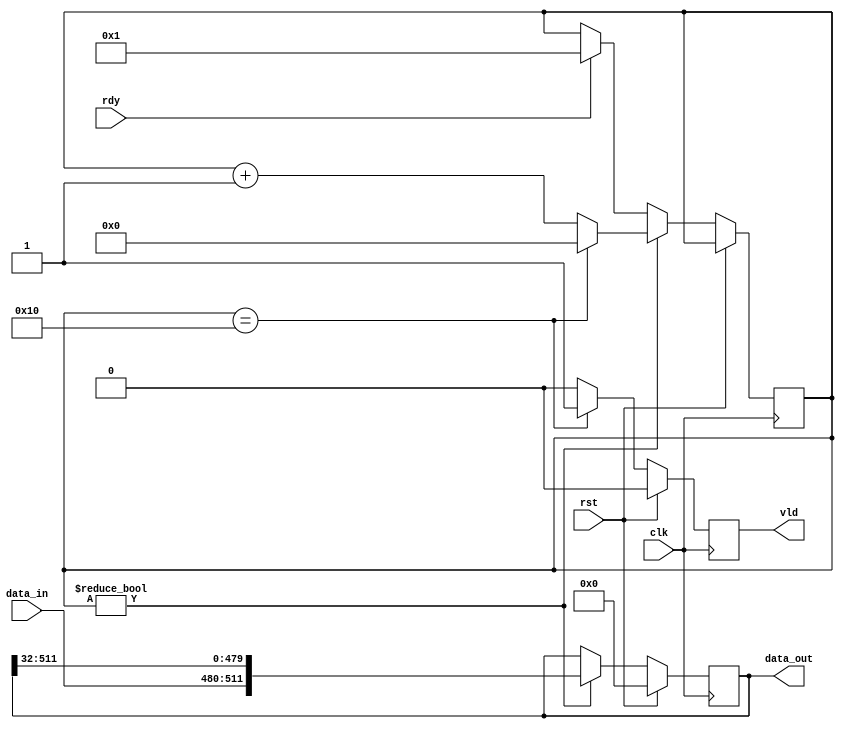
`timescale 1ns / 1ps
//////////////////////////////////////////////////////////////////////////////////
// Company: 
// Engineer: 
// 
// Design Name: 
// Module Name:    para_to_seq 
// Project Name: 
// Target Devices: 
// Tool versions: 
// Description: 
//
// Dependencies: 
//
// Revision: 
// Revision 0.01 - File Created
// Additional Comments: 
//////////////////////////////////////////////////////////////////////////////////
module seq_to_para(clk, rst, rdy, data_in, data_out, vld);
   parameter RSA_LEN = 512;
   parameter BUS_W   = 32;
   
   input                clk, rst, rdy; //Clock, reset, ready
   input [BUS_W-1  :0] 	data_in;
   output [RSA_LEN-1:0] data_out;
   output 				vld;
   
   reg [RSA_LEN-1:0] 	data_out;
   reg [4:0] 			cnt;
   reg 					vld;
   
   always @(posedge clk) begin
      if (rst == 1'b1) begin
		 data_out <= 0;
		 vld <= 0;
	  end else begin
		 if (cnt) begin
			if (cnt == 5'h10) cnt <= 0;
			else cnt <= cnt + 1;
			data_out <= {data_in, data_out[RSA_LEN-1:BUS_W]};
		 end else if (rdy) cnt <= 1;
		 if (cnt == 5'h10) vld <= 1;
		 else vld <= 0;
	  end // else: !if(rst == 1'b1)
   end // always @ (posedge clk)
   
endmodule